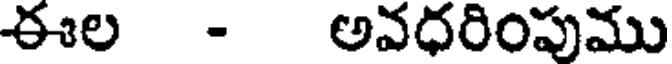
ఈల - అవధరింపుము